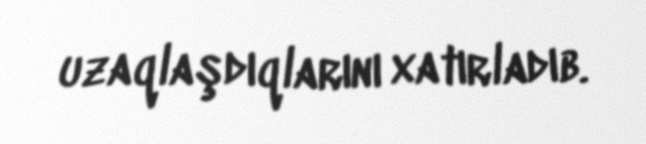
uzaqlaşdıqlarını xatırladıb.